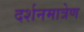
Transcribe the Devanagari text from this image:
दर्शनमात्रेण